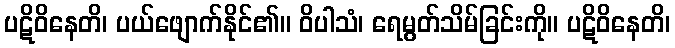
ပဋိဝိနေတိ၊ ပယ်ဖျောက်နိုင်၏။ ဝိပါသံ၊ ရေမွတ်သိမ်ခြင်းကို။ ပဋိဝိနေတိ၊